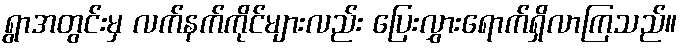
ရွာအတွင်းမှ လက်နက်ကိုင်များလည်း ပြေးလွှားရောက်ရှိလာကြသည်။